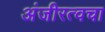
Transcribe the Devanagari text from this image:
अंजीरत्वचा